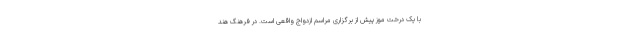
با یک درخت موز پیش از برگزاری مراسم ازدواج واقعی است. در فرهنگ هند